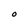
Character: O